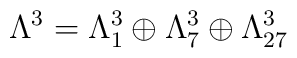
\Lambda^3= \Lambda^3_1\oplus\Lambda^3_7\oplus\Lambda^3_{27}